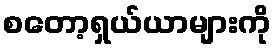
စတော့ရှယ်ယာများကို